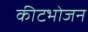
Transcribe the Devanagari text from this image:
कीटभोजन